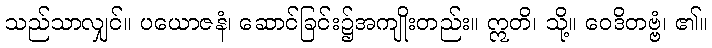
သည်သာလျှင်။ ပယောဇနံ၊ ဆောင်ခြင်း၌အကျိုးတည်း။ ဣတိ၊ သို့။ ဝေဒိတဗ္ဗံ၊ ၏။